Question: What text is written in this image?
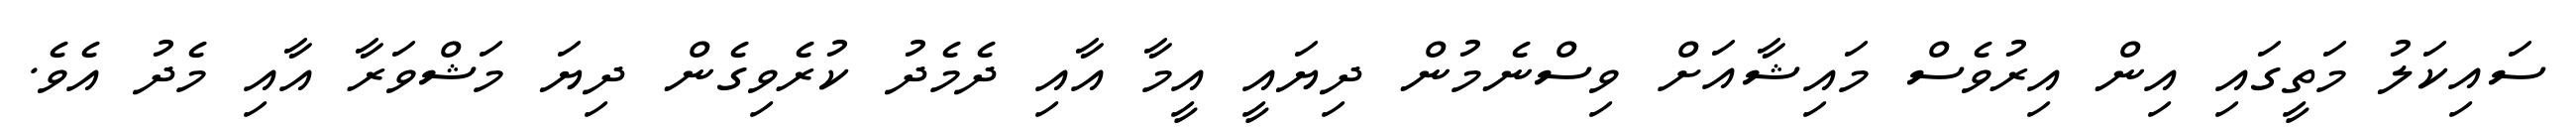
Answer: ސައިކަލު މަތީގައި އިން އިރުވެސް މައިޝާއަށް ވިސްނެމުން ދިޔައީ އީމާ އާއި ދެމެދު ކުރެވިގެން ދިޔަ މަޝްވަރާ އާއި މެދު އެވެ.